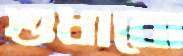
শুধাবো